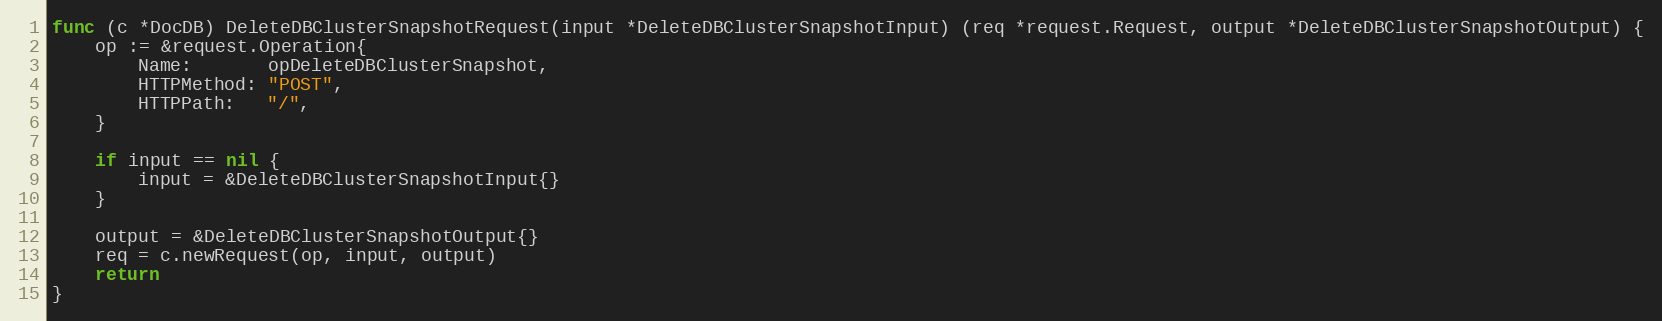
Language: Go
func (c *DocDB) DeleteDBClusterSnapshotRequest(input *DeleteDBClusterSnapshotInput) (req *request.Request, output *DeleteDBClusterSnapshotOutput) {
	op := &request.Operation{
		Name:       opDeleteDBClusterSnapshot,
		HTTPMethod: "POST",
		HTTPPath:   "/",
	}

	if input == nil {
		input = &DeleteDBClusterSnapshotInput{}
	}

	output = &DeleteDBClusterSnapshotOutput{}
	req = c.newRequest(op, input, output)
	return
}